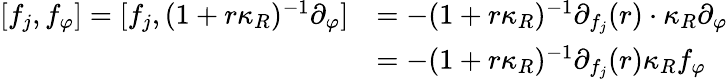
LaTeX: \begin{array}{rl}{[f_{j},f_{\varphi}]=[f_{j},(1+r\kappa_{R})^{-1}\partial_{\varphi}]}&{=-(1+r\kappa_{R})^{-1}\partial_{f_{j}}(r)\cdot\kappa_{R}\partial_{\varphi}}\\ &{=-(1+r\kappa_{R})^{-1}\partial_{f_{j}}(r)\kappa_{R}f_{\varphi}}\end{array}